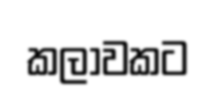
කලාවකට